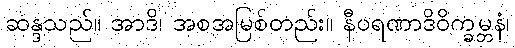
ဆန္ဒသည်။ အာဒိ၊ အစအမြစ်တည်း။ နီဝရဏာဒိဝိက္ခမ္ဘနံ၊